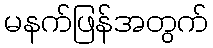
မနက်ဖြန်အတွက်